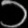
Digit: ၁